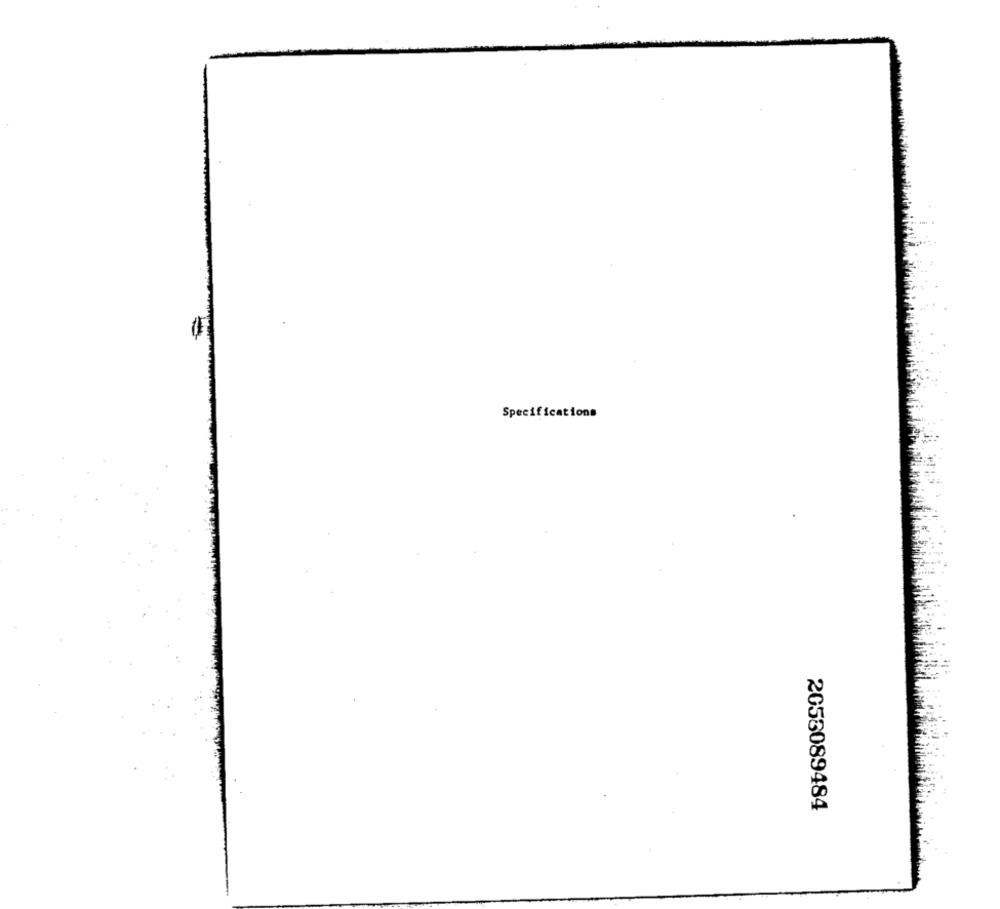
Specifications
2053089484